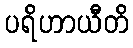
ပရိဟာယီတိ